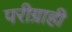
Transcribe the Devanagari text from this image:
परीग्राही